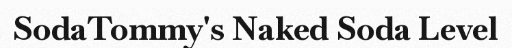
SodaTommy's Naked Soda Level